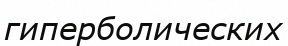
гиперболических